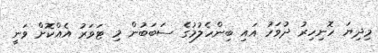
މިދިޔަ ހޮނިހިރު ދުވަހު އައި ބިންހެލުމުގެ ސަބަބުން މި ޓަވަރު އެއްކޮށް ވަނީ